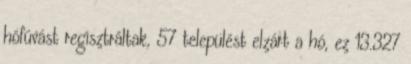
hófúvást regisztráltak, 57 települést elzárt a hó, ez 13.327